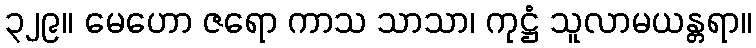
၃၂၉။ မေဟော ဇရော ကာသ သာသာ၊ ကုဋ္ဌံ သူလာမယန္တရာ။